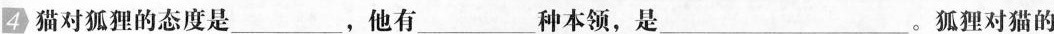
4 猫对狐狸的态度是___，他有___种本领，是___。狐狸对猫的